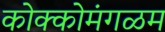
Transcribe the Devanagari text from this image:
कोक्कोमंगळम